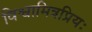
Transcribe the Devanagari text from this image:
विश्वामित्रप्रियः